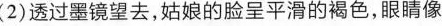
(2)透过墨镜望去，姑娘的脸呈平滑的褐色，眼睛像